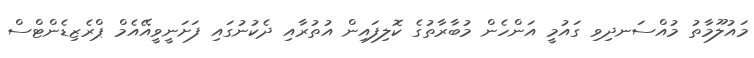
މައުލޫމާތު މުއްސަނދިވި ގައުމީ އަންހެން މުބާރާތުގެ ކޮލިފައިން އުތުރާއި ދެކުނުގައި ފަށަނީވީއޭއެމް ޕްރެޒިޑެންޓްސް